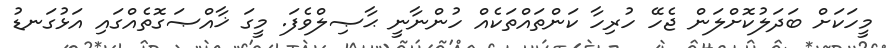
މީހަކަށް ބަދަލުކޮށްލަން ޖެހޭ ހުރިހާ ކަންތައްތަކެއް ހުންނާނީ ޙާޞިލްވެފަ. މީގަ ޚާއްޞަގޮތެއްގައި އަޅުގަނޑު